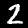
Digit: 2